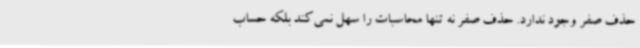
حذف صفر وجود ندارد. حذف صفر نه تنها محاسبات را سهل نمی‌کند بلکه حساب